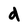
Character: d